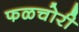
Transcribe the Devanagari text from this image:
फळचोरी